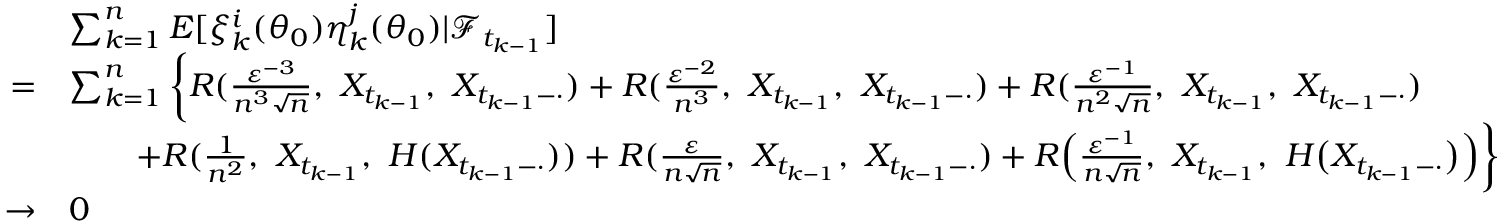
\begin{array} { r l } & { \sum _ { k = 1 } ^ { n } E [ \xi _ { k } ^ { i } ( \theta _ { 0 } ) \eta _ { k } ^ { j } ( \theta _ { 0 } ) | \mathcal { F } _ { t _ { k - 1 } } ] } \\ { = } & { \sum _ { k = 1 } ^ { n } \bigg \{ R ( \frac { \varepsilon ^ { - 3 } } { n ^ { 3 } \sqrt { n } } , ~ X _ { t _ { k - 1 } } , ~ X _ { t _ { k - 1 } - \cdot } ) + R ( \frac { \varepsilon ^ { - 2 } } { n ^ { 3 } } , ~ X _ { t _ { k - 1 } } , ~ X _ { t _ { k - 1 } - \cdot } ) + R ( \frac { \varepsilon ^ { - 1 } } { n ^ { 2 } \sqrt { n } } , ~ X _ { t _ { k - 1 } } , ~ X _ { t _ { k - 1 } - \cdot } ) } \\ & { \qquad + R ( \frac { 1 } { n ^ { 2 } } , ~ X _ { t _ { k - 1 } } , ~ H ( X _ { t _ { k - 1 } - \cdot } ) ) + R ( \frac { \varepsilon } { n \sqrt { n } } , ~ X _ { t _ { k - 1 } } , ~ X _ { t _ { k - 1 } - \cdot } ) + R \Big ( \frac { \varepsilon ^ { - 1 } } { n \sqrt { n } } , ~ X _ { t _ { k - 1 } } , ~ H \big ( X _ { t _ { k - 1 } - \cdot } \big ) \Big ) \bigg \} } \\ { \rightarrow } & { 0 } \end{array}